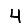
Digit: 4